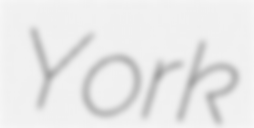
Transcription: York